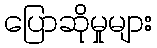
ပြောဆိုမှုများ